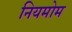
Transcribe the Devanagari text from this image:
नियमोम